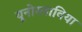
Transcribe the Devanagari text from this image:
यूनोस्लाविया